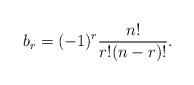
LaTeX: \begin{align*}b_r = (-1)^r\frac{n!}{r!(n-r)!}.\end{align*}